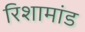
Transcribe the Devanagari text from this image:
रिशामांड